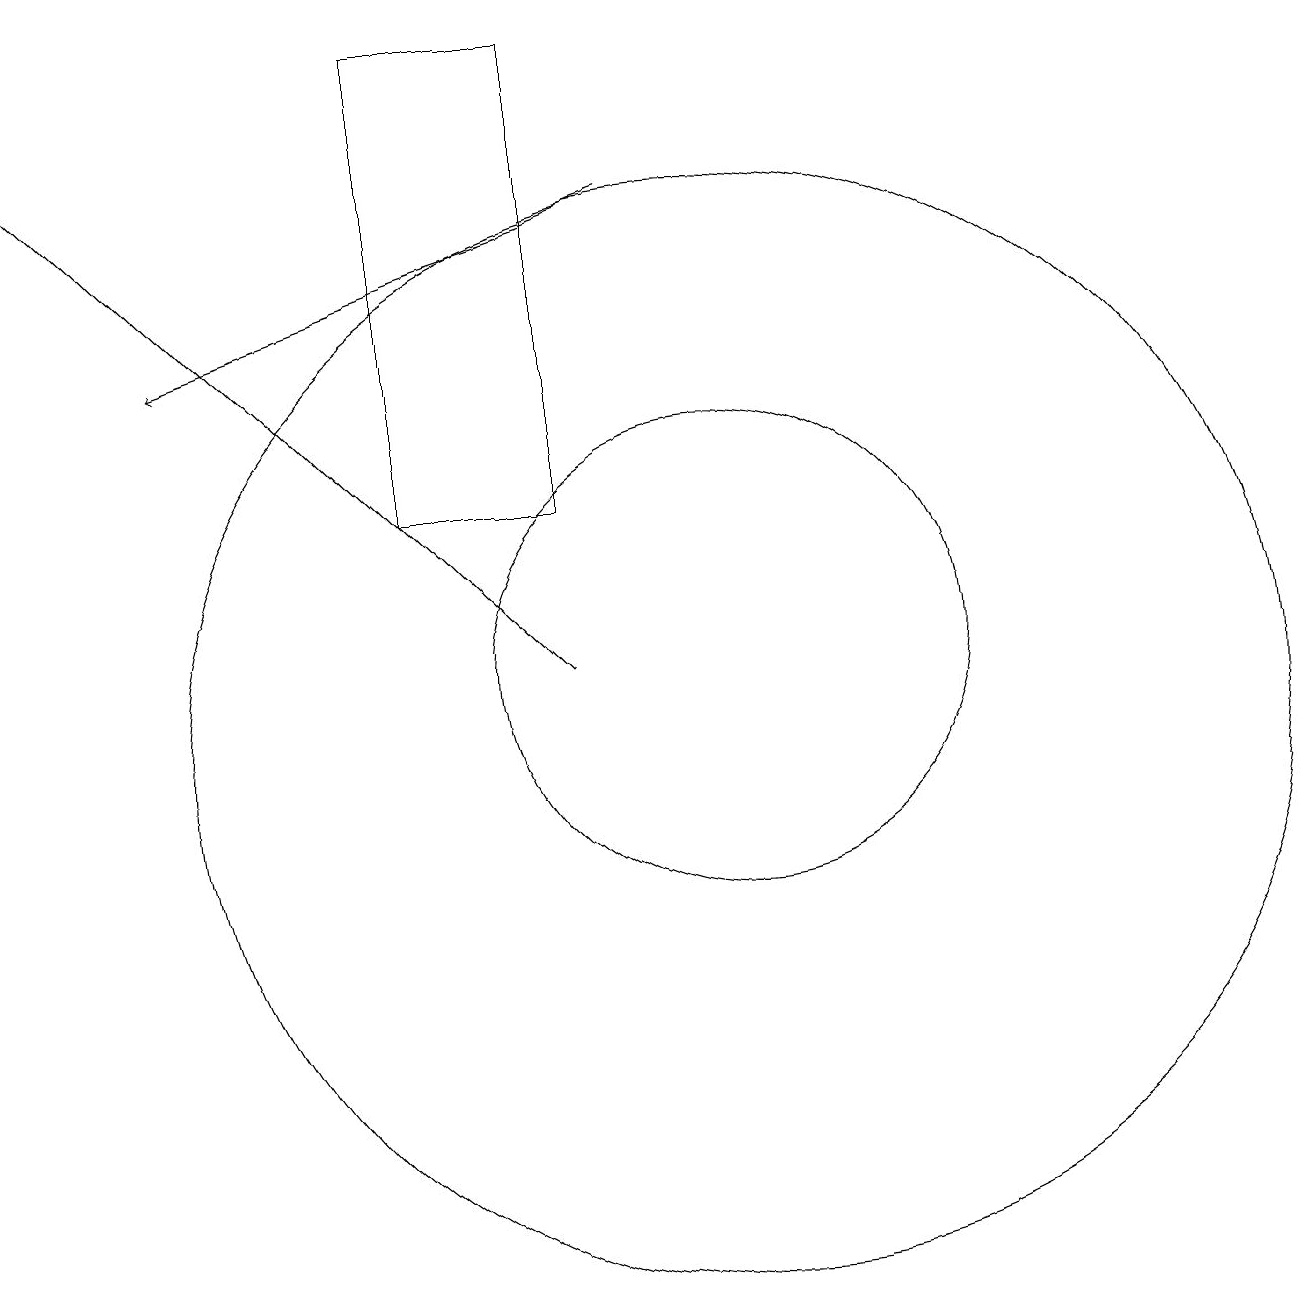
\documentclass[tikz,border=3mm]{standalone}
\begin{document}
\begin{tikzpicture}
\draw (8,13) rectangle (6,19);
\draw[->] (9,17) -- (3,15);
\draw (10,11) circle (3);
\draw (10,10) circle (7);
\draw[->] (8,11) -- (1,18);
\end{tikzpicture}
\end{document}